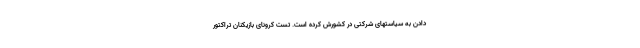
دادن به سیاستهای شرکتی در کشورش کرده است. تست کرونای بازیکنان تراکتور